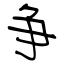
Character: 争